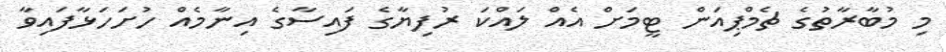
މި މުބާރާތުގެ ޗެމްޕިއަން ޓީމަށް އެއް ލައްކަ ރުފިޔާގެ ފައިސާގެ އިނާމެއް ހުށަހަޅާފައިވާ